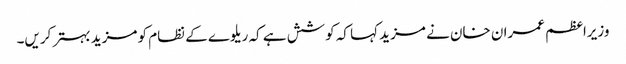
وزیراعظم عمران خان نے مزید کہا کہ کوشش ہے کہ ریلوے کے نظام کو مزید بہتر کریں۔